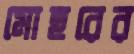
মোহরের